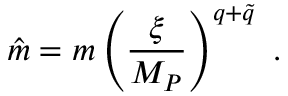
\hat { m } = m \left( { \frac { \xi } { M _ { P } } } \right) ^ { q + \tilde { q } } \ .